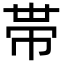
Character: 帯